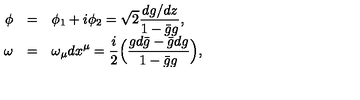
\begin{array} { r c l } { \phi } & { = } & { \displaystyle \phi _ { 1 } + i \phi _ { 2 } = \sqrt { 2 } \frac { d g / d z } { 1 - \bar { g } g } , } \\ { \omega } & { = } & { \displaystyle \omega _ { \mu } d x ^ { \mu } = \frac { i } { 2 } \Big ( \frac { g d \bar { g } - \bar { g } d g } { 1 - \bar { g } g } \Big ) , } \\ \end{array}